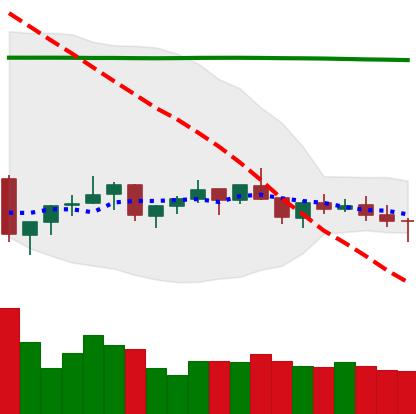
Ticker: XMR-USD
Chart end date: 2021-07-14
Forward return: -7.11%
Label: down_7plus